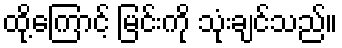
ထို့ကြောင့် မြင်းကို သုံးချင်သည်။